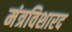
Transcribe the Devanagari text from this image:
मंत्रविशारद